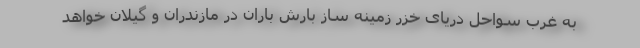
به غرب سواحل دریای خزر زمینه ساز بارش باران در مازندران و گیلان خواهد